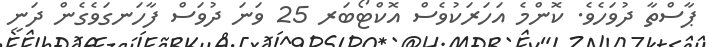
ޕާސްތާ ދުވަހެވެ. ކޮންމެ އަހަރަކުވެސް އޮކްޓޯބަރ 25 ވަނަ ދުވަސް ފާހަނގަވެގެން ދަނީ